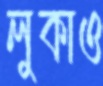
লুকাও